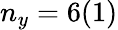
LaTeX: n_{y}=6(1)